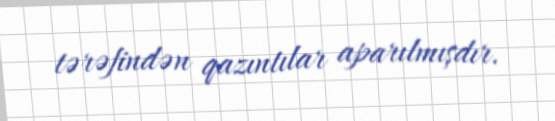
tərəfindən qazıntılar aparılmışdır.